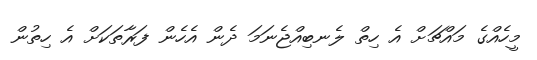
މީހެއްގެ މައްޗަށް އެ ހިތް ލެނބިއްޖެނަމަ ދެން އެހެން ފަރާތަކަށް އެ ހިތުން